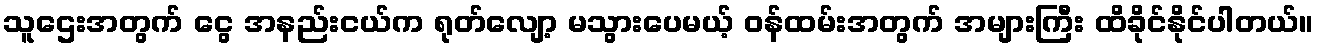
သူဌေးအတွက် ငွေ အနည်းငယ်က ရုတ်လျော့ မသွားပေမယ့် ဝန်ထမ်းအတွက် အများကြီး ထိခိုင်နိုင်ပါတယ်။